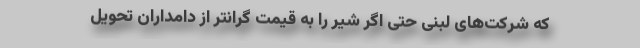
که شرکت‌های لبنی حتی اگر شیر را به قیمت گرانتر از دامداران تحویل